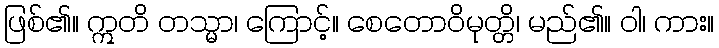
ဖြစ်၏။ ဣတိ တသ္မာ၊ ကြောင့်။ စေတောဝိမုတ္တိ၊ မည်၏။ ဝါ၊ ကား။